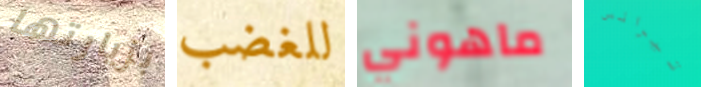
بزيارتها للغضب ماهوني تيرانس